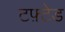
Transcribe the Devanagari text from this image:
टफ़्टेड